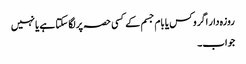
روزہ دار اگر وکس یا بام جسم کے کسی حصہ پر لگا سکتا ہے یا نہیں
جواب۔